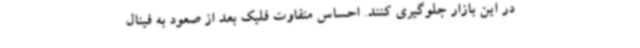
در این بازار جلوگیری کنند. احساس متفاوت فلیک بعد از صعود به فینال